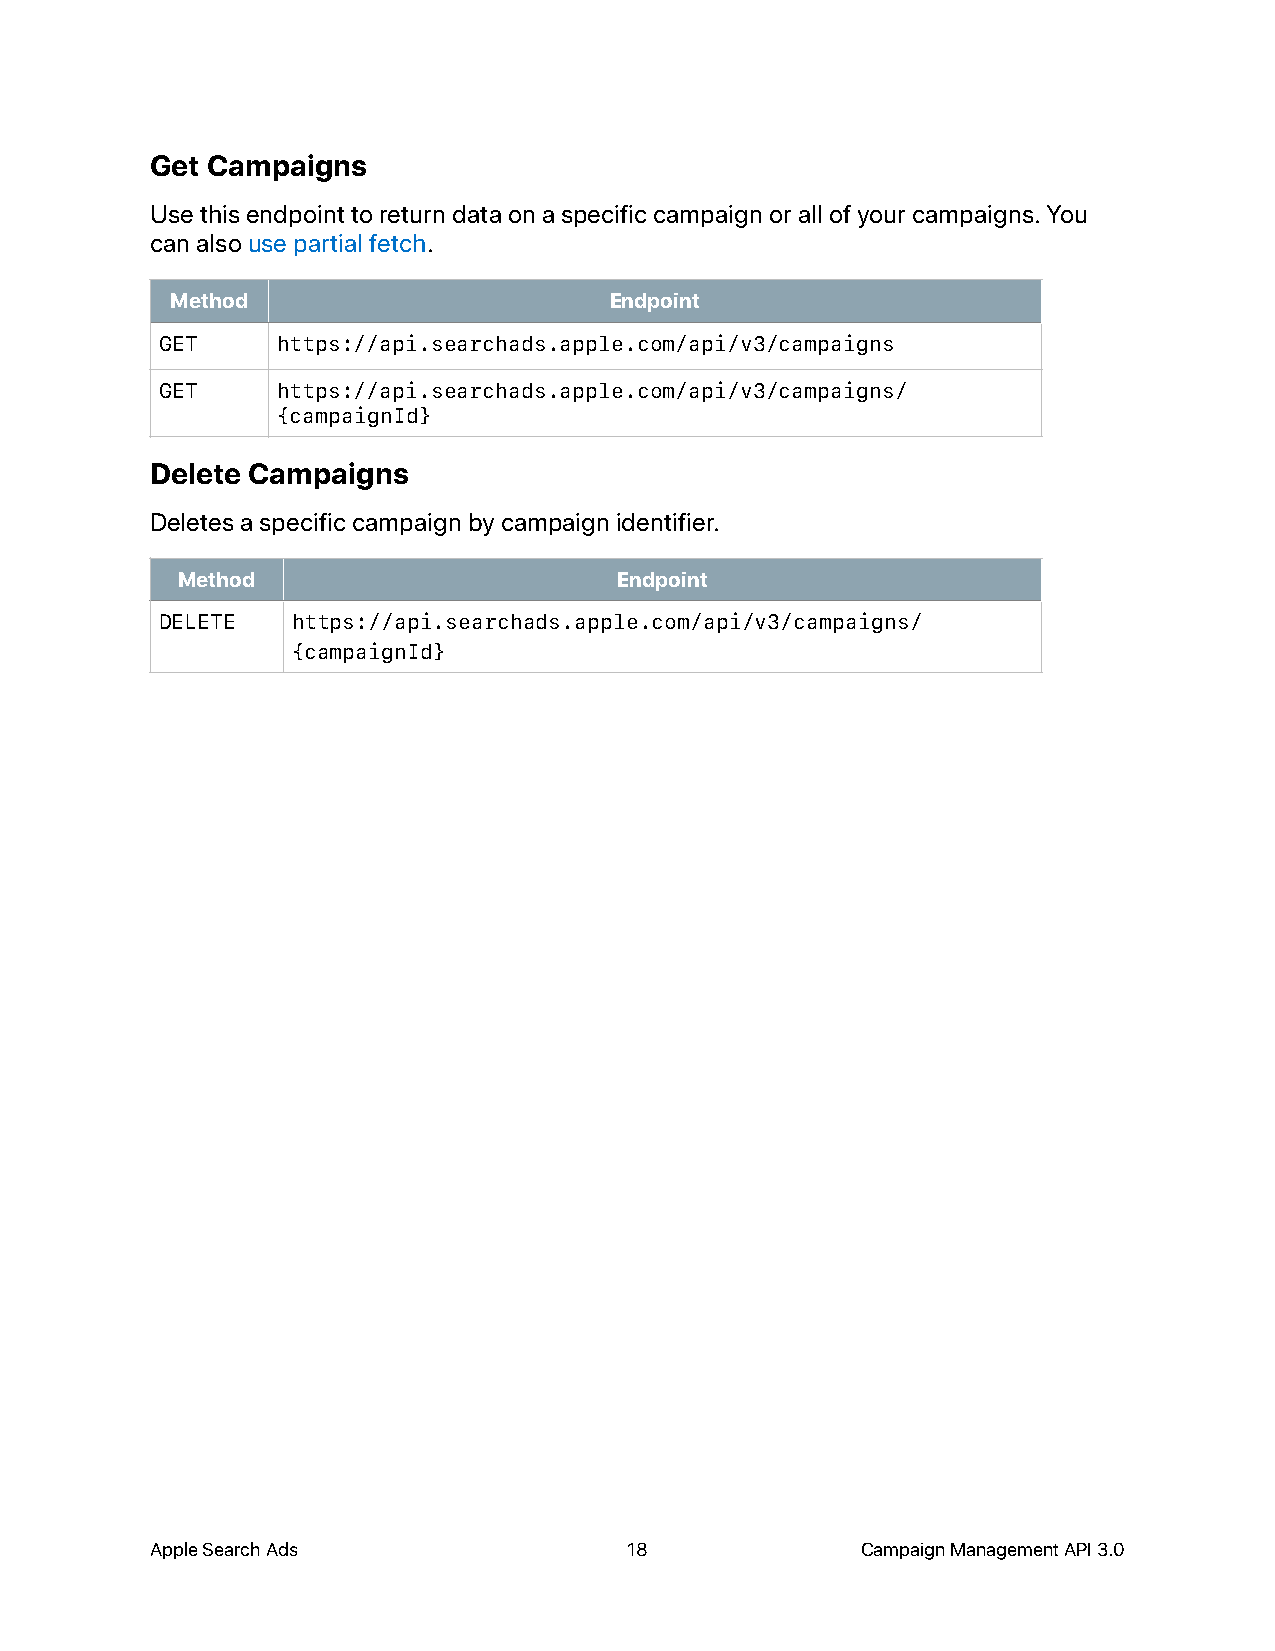
Get Campaigns
 Use this endpoint to return data on a specific campaign or all of your campaigns. You
 can also use partial fetch.
 Method                       Endpoint
 GET    https://api.searchads.apple.com/api/v3/campaigns
 GET    https://api.searchads.apple.com/api/v3/campaigns/
 {campaignId}
 Delete Campaigns
 Deletes a specific campaign by campaign identifier.
 Method                       Endpoint
 DELETE  https://api.searchads.apple.com/api/v3/campaigns/
 {campaignId}
 Apple Search Ads                18             Campaign Management API 3.0